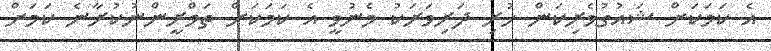
އެ ކަމަކަށް ޝައުގުވެރިކަން ހުރި ދަރިވަރަކު މެނުވީ އެ ކަމަކަށް ތަމްރީންނުކުރާނެ ކަމަށް